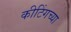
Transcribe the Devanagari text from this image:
कीटिंगच्या